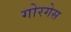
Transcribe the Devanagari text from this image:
गोरगेस